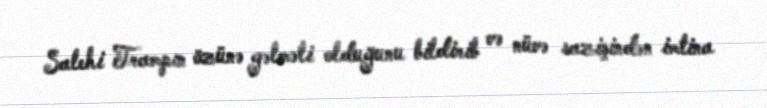
Salehi Trampın özünə gəlməli olduğunu bildirib və nüvə sazişindən imtina